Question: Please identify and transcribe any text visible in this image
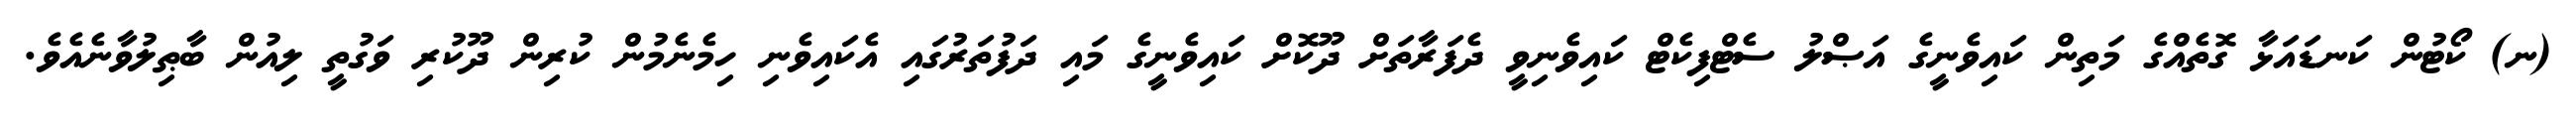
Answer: (ނ) ކޯޓުން ކަނޑައަޅާ ގޮތެއްގެ މަތިން ކައިވެނީގެ އަޞްލު ސެޓްފިކެޓް ކައިވެނިވީ ދެފަރާތަށް ދޫކޮށް ކައިވެނީގެ މައި ދަފުތަރުގައި އެކައިވެނި ހިމެނެމުން ކުރިން ދޫކުރި ވަގުތީ ލިއުން ބާޠިލުވާނެއެވެ.